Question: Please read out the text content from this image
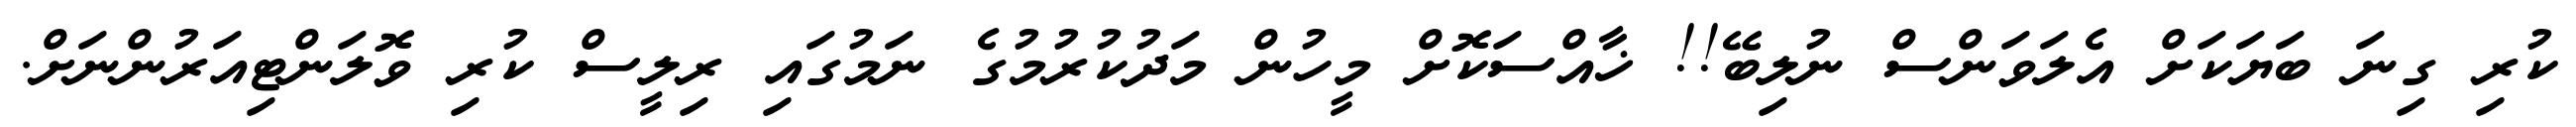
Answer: ކުރި ގިނަ ބަޔަކަށް އެލަވަންސް ނުލިބޭ!! ޚާއްސަކޮށް މީހުން މަދުކުރުމުގެ ނަމުގައި ރިލީސް ކުރި ވޮލަންޓިއަރުންނަށް.